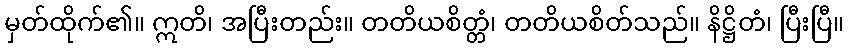
မှတ်ထိုက်၏။ ဣတိ၊ အပြီးတည်း။ တတိယစိတ္တံ၊ တတိယစိတ်သည်။ နိဋ္ဌိတံ၊ ပြီးပြီ။